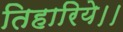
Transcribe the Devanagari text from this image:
तिहारिये।।